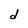
Character: d